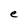
Character: e